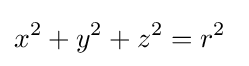
x^{2}+y^{2}+z^{2}=r^{2}\